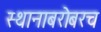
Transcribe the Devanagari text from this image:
स्थानाबरोबरच